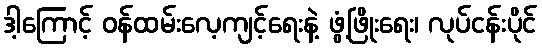
ဒါ့ကြောင့် ဝန်ထမ်းလေ့ကျင့်ရေးနဲ့ ဖွံ့ဖြိုးရေး၊ လုပ်ငန်းပိုင်